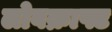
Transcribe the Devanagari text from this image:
लोवक्राफ्ट